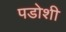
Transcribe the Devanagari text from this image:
पडोशी